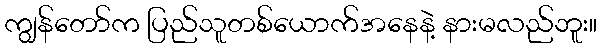
ကျွန်တော်က ပြည်သူတစ်ယောက်အနေနဲ့ နားမလည်ဘူး။